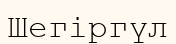
Шегіргүл